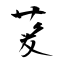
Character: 苃